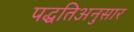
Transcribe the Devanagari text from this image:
पद्धतिअनुसार